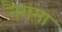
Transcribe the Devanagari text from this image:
नैगमा